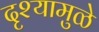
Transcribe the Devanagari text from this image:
दृश्यामुळे